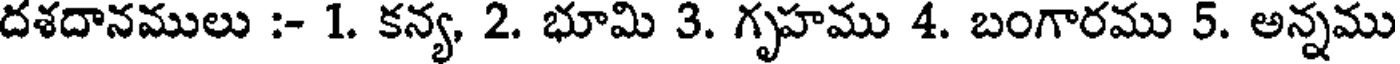
దశదానములు :- 1. కన్య, 2. భూమి 3. గృహము 4. బంగారము 5. అన్నము